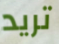
تريد